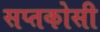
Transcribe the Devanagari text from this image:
सप्तकोसी